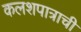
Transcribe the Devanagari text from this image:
कलशपात्राची